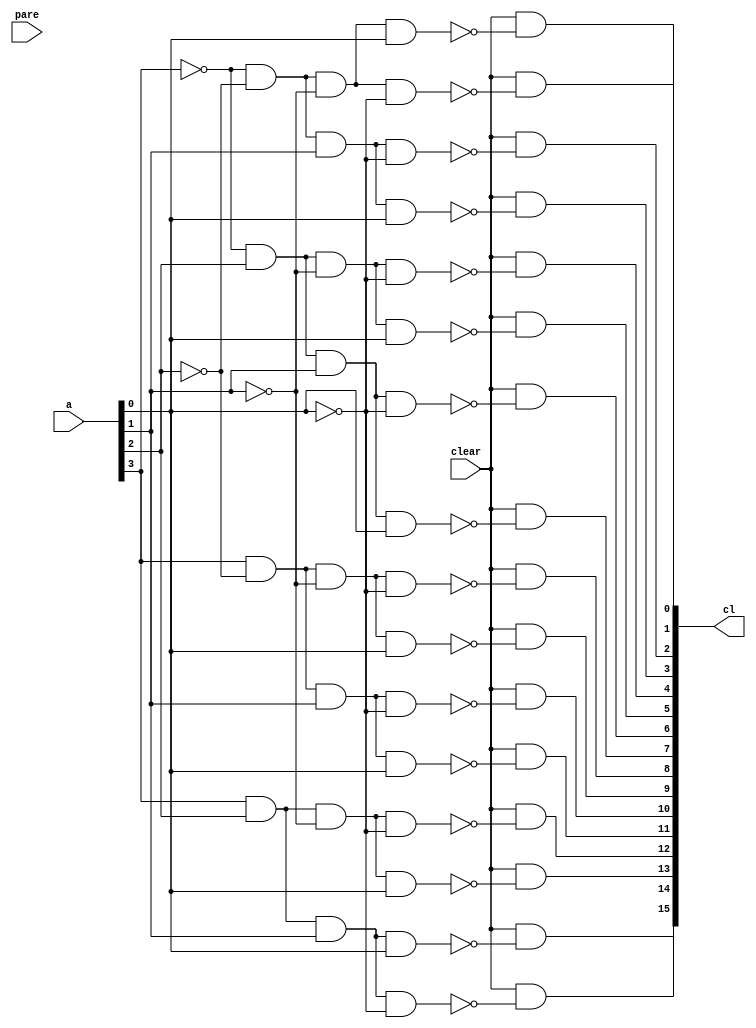
//zera os flipflops do estado dos botes com o sinal de clear ou quando o elevador chega ao andar 

module estadoclear ( 
	
	input [3:0] a, //a = andaratual
	input clear, pare,
	output [15:0] cl
);
	 
	assign cl[0] = clear & ~(~a[3] & ~a[2] & ~a[1] & ~a[0]);
	assign cl[1] = clear & ~(~a[3] & ~a[2] & ~a[1] & a[0]);
	assign cl[2] = clear & ~(~a[3] & ~a[2] & a[1] & ~a[0]);
	assign cl[3] = clear & ~(~a[3] & ~a[2] & a[1] & a[0]);
	assign cl[4] = clear & ~(~a[3] & a[2] & ~a[1] & ~a[0]);
	assign cl[5] = clear & ~(~a[3] & a[2] & ~a[1] & a[0]);
	assign cl[6] = clear & ~(~a[3] & a[2] & a[1] & ~a[0]);
	assign cl[7] = clear & ~(~a[3] & a[2] & a[1] & a[0]);
	assign cl[8] = clear & ~(a[3] & ~a[2] & ~a[1] & ~a[0]);
	assign cl[9] = clear & ~(a[3] & ~a[2] & ~a[1] & a[0]);
	assign cl[10] = clear & ~(a[3] & ~a[2] & a[1] & ~a[0]);
	assign cl[11] = clear & ~(a[3] & ~a[2] & a[1] & a[0]);
	assign cl[12] = clear & ~(a[3] & a[2] & ~a[1] & ~a[0]);
	assign cl[13] = clear & ~(a[3] & a[2] & ~a[1] & a[0]);
	assign cl[14] = clear & ~(a[3] & a[2] & a[1] & ~a[0]);
	assign cl[15] = clear & ~(a[3] & a[2] & a[1] & a[0]);
endmodule